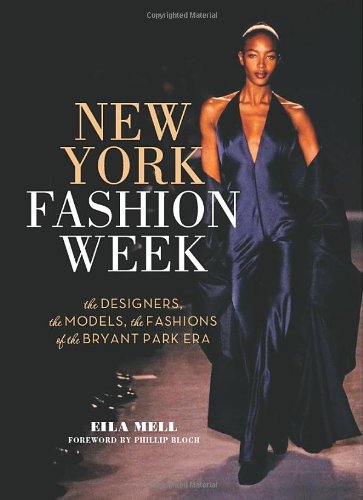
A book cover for New York Fashion Week: The Designers, the Models, the Fashions of the Bryant Park Era; Eila Mell; Arts & Photography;